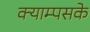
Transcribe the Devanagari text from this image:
क्याम्पसके